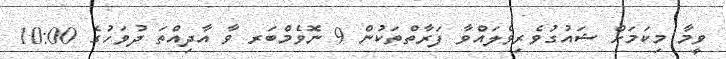
ވީމާ މިކަމަށް ޝައުގުވެރިވެލައްވާ ފަރާތްތަކުން 9 ނޮވެމްބަރ ވާ އާދިއްތަ ދުވަހުގެ 10:00